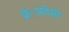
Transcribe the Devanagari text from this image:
फ्रंासीसी